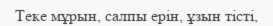
Теке мұрын, салпы ерін, ұзын тісті,